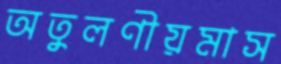
অতুলণীয়মাস